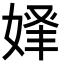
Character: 𡝾